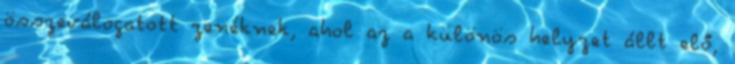
összeválogatott zenéknek, ahol az a különös helyzet állt elő,